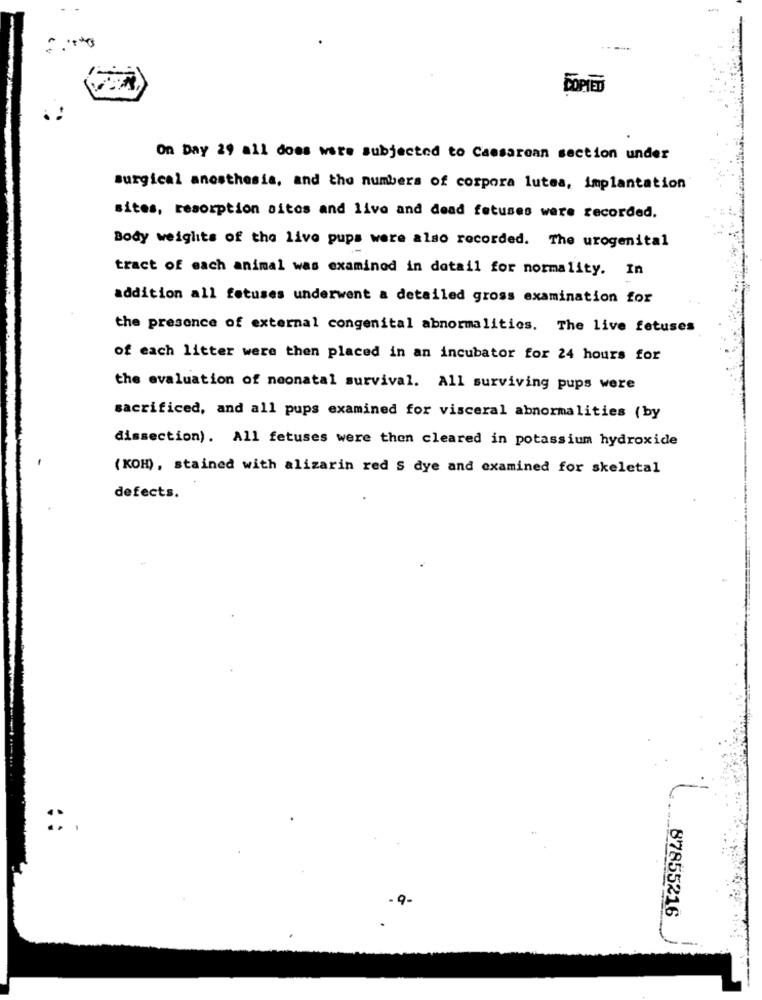
COPIED
On Day 29 all does ware subjected to Caesarean section under
surgical anesthesia, and the numbers of corpora lutea, implantation
sites, resorption aitos and live and dead fetuses were recorded.
Body weights of the live pups were also recorded. The urogenital
tract of each animal was examined in detail for normality. In
addition all fetuses underwent a detailed gross examination for
the presence of external congenital abnormalities. The live fetuses
of each litter were then placed in an incubator for 24 hours for
the evaluation of neonatal survival. All surviving pups were
sacrificed, and all pups examined for visceral abnormalities (by
dissection). All fetuses were then cleared in potassium hydroxide
(KOH), stained with alizarin red S dye and examined for skeletal
defects.
::
- 9-
87855216